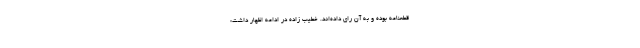
قطعنامه بوده و به آن رای داده‌اند. خطیب زاده در ادامه اظهار داشت: